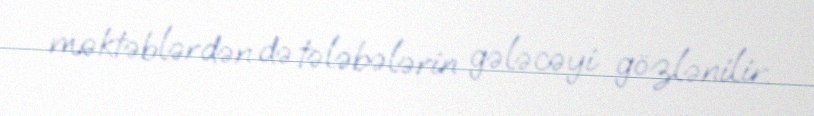
məktəblərdən də tələbələrin gələcəyi gözlənilir.